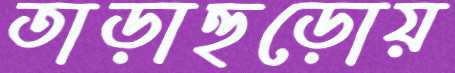
তাড়াহুড়োয়